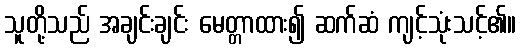
သူတို့သည် အချင်းချင်း မေတ္တာထား၍ ဆက်ဆံ ကျင့်သုံးသင့်၏။